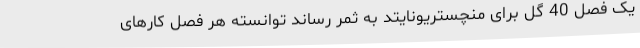
یک فصل 40 گل برای منچستریونایتد به ثمر رساند توانسته هر فصل کارهای